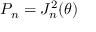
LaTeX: P _ { n } = J _ { n } ^ { 2 } ( \theta )